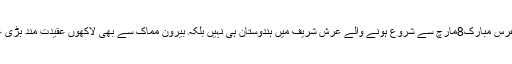
واضح رہے کہ خواجہ غریب نواز کا عرس مبارک8مارچ سے شروع ہونے والے عرش شریف میں ہندوستان ہی نہیں بلکہ بیرون مماک سے بھی لاکھوں عقیدت مند بڑی عقیدت اور احترام سے شریک ہوں گے۔